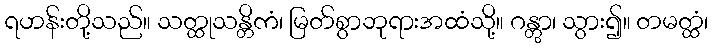
ရဟန်းတို့သည်။ သတ္ထုသန္တိကံ၊ မြတ်စွာဘုရားအထံသို့။ ဂန္တွာ၊ သွား၍။ တမတ္ထံ၊